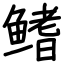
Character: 鳍